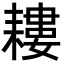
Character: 耬